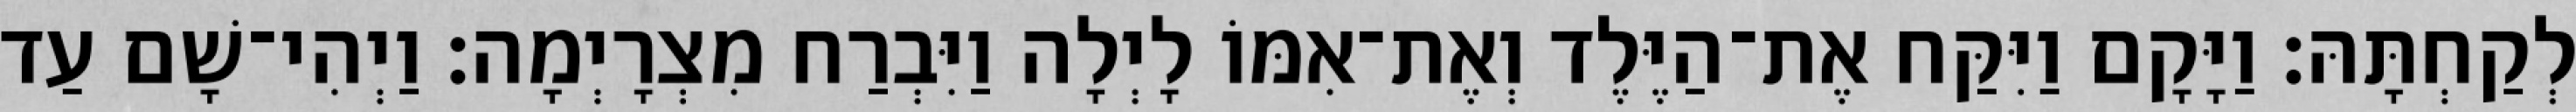
לְקַחְתָּהּ׃ וַיָּקָם וַיִּקַּח אֶת־הַיֶּלֶד וְאֶת־אִמּוֹ לָיְלָה וַיִּבְרַח מִצְרָיְמָה׃ וַיְהִי־שָׁם עַד